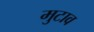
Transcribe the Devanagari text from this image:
मुटाव